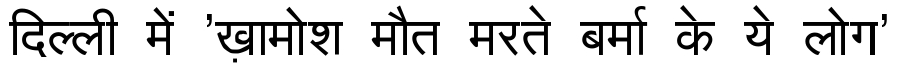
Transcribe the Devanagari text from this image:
दिल्ली में 'ख़ामोश मौत मरते बर्मा के ये लोग'